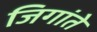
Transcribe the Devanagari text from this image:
जिगांते